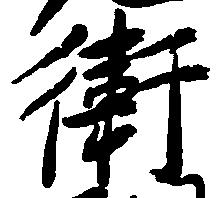
衛